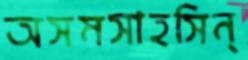
অসমসাহসিন্